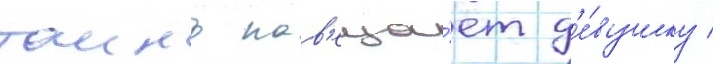
таино нав'еща́ет д'е́вушку /